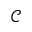
\mathcal { C }